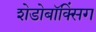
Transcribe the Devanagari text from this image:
शेडोबॉक्सिंग